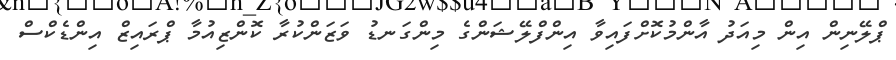
ޕްލޭނިން އިން މިއަދު އާންމުކޮށްފައިވާ އިންފްލޭޝަންގެ މިންގަނޑު ވަޒަންކުރާ ކޮންޒިއުމާ ޕްރައިޒް އިންޑެކްސް